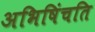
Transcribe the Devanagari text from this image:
अभिषिंचति